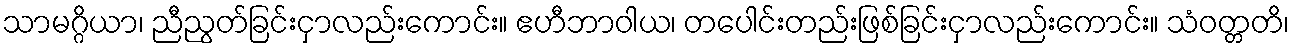
သာမဂ္ဂိယာ၊ ညီညွတ်ခြင်းငှာလည်းကောင်း။ ဧဟီဘာဝါယ၊ တပေါင်းတည်းဖြစ်ခြင်းငှာလည်းကောင်း။ သံဝတ္တတိ၊